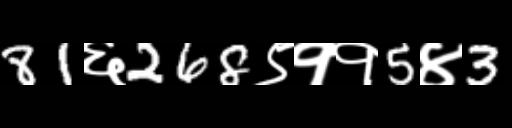
Text: 81६268९११5४3